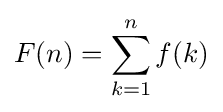
F(n)=\sum _{k=1}^{n}f(k)